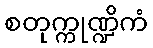
စတုက္ကုဏ္ဍိကံ